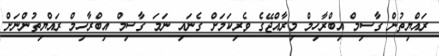
ރައްޔިތުން ގާސިމް އިބްރާހިމް މިރާއްޖޭގެ ވެރިކަމަށް ގެނައި ނަމަ ގާސިމް އިބްރާހިމް ރައްޔިތުންނަށް